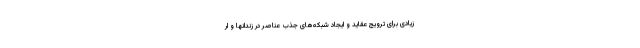
زیادی برای ترویج عقاید و ایجاد شبکه‌های جذب عناصر در زندانها و ار